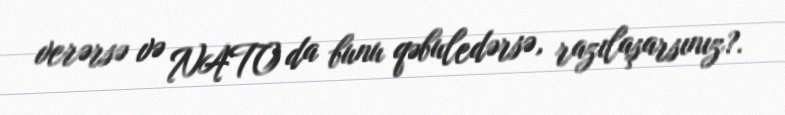
verərsə və NATO da bunu qəbuledərsə, razılaşarsınız?.